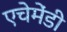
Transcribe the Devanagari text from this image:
एचेमेंडी